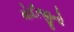
મોદીજીનો